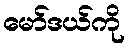
မော်ဒယ်ကို